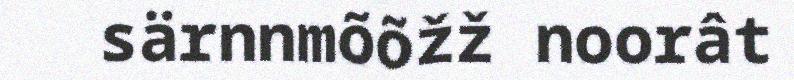
särnnmõõžž noorât